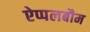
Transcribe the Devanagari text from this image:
ऐप्पलबौम